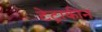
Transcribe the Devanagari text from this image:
टेट्राकीन